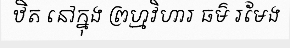
ឋិត នៅក្នុង ព្រហ្មវិហារ ធម៌ រមែង